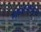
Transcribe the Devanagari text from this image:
मायकोटॉक्सिन